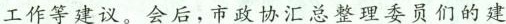
工作等建议。会后，市政协汇总整理委员们的建